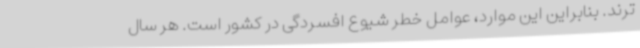
ترند. بنابراین این موارد، عوامل خطر شیوع افسردگی در کشور است. هر سال